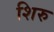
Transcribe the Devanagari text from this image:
शिरु